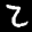
Label: 2